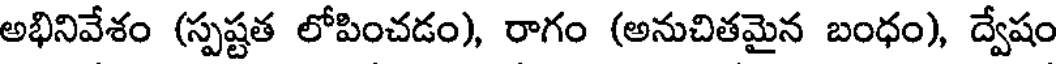
అభినివేశం (స్పష్టత లోపించడం), రాగం (అనుచితమైన బంధం), ద్వేషం